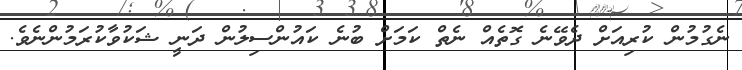
ނެގުމުން ކުރިއަށް ދެވޭނެ ގޮތެއް ނެތް ކަމަށް ބުނެ ކައުންސިލުން ދަނީ ޝަކުވާކުރަމުންނެވެ.